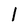
Character: l